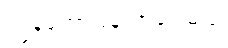
ကျွန်တော်ပြန်လာခဲ့ပါ့မယ်